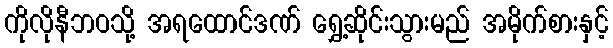
ကိုလိုနီဘဝသို့ အရထောင်ဒဏ် ရွှေ့ဆိုင်းသွားမည် အမိုက်စားနှင့်